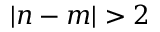
\vert n - m \vert > 2